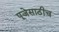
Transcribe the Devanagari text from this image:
पूजेसाठीच